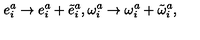
e _ { i } ^ { a } \rightarrow e _ { i } ^ { a } + \tilde { e } _ { i } ^ { a } , \omega _ { i } ^ { a } \rightarrow \omega _ { i } ^ { a } + \tilde { \omega } _ { i } ^ { a } ,